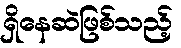
ရှိနေဆဲဖြစ်သည့်